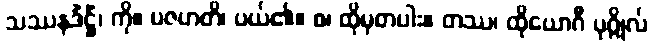
သဿနဒိံဋ္ဌိံ၊ ကို။ ပဇဟတိ၊ ပယ်၏။ စ၊ ထိုမှတပါး။ တဿ၊ ထိုယောဂီ ပုဂ္ဂိုလ်